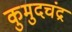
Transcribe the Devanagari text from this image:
कुमुदचंद्र